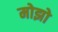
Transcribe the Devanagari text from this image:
मोझो